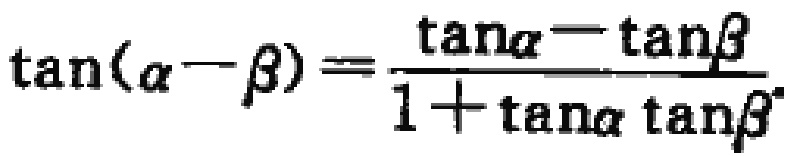
\(\tan(\alpha - \beta)=\frac{\tan\alpha - \tan\beta}{1 + \tan\alpha\tan\beta}\)